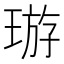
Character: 𤦽